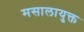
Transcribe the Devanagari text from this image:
मसालायुक्त